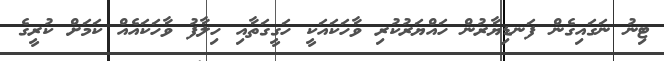
ޓިނު ނަގައިގެން ފަނޑިޔާރުން ހައްޔަރުކުރި ވާހަކައަކީ ހަގީގަތާއި ހިލާފު ވާހަކައެއް ކަމަށް ކުރީގެ